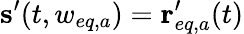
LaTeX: \mathbf{s}^{\prime}(t,w_{eq,a})=\mathbf{r}_{eq,a}^{\prime}(t)